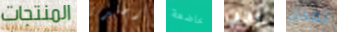
المنتجات رصد خاضعة يجب لمحل